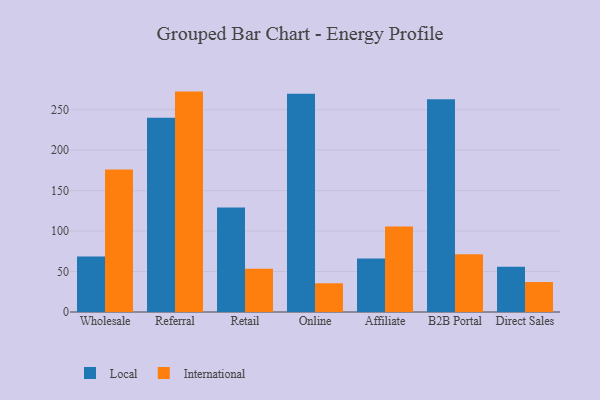
{"axis": {"x": "Channel", "y": "Latency (ms)"}, "legend": ["International", "Local"], "data": [{"x": "Wholesale", "y": 68.5, "type": "Local"}, {"x": "Wholesale", "y": 176.2, "type": "International"}, {"x": "Referral", "y": 239.9, "type": "Local"}, {"x": "Referral", "y": 272.3, "type": "International"}, {"x": "Retail", "y": 129.0, "type": "Local"}, {"x": "Retail", "y": 53.4, "type": "International"}, {"x": "Online", "y": 269.6, "type": "Local"}, {"x": "Online", "y": 35.5, "type": "International"}, {"x": "Affiliate", "y": 66.0, "type": "Local"}, {"x": "Affiliate", "y": 105.5, "type": "International"}, {"x": "B2B Portal", "y": 263.0, "type": "Local"}, {"x": "B2B Portal", "y": 71.2, "type": "International"}, {"x": "Direct Sales", "y": 56.0, "type": "Local"}, {"x": "Direct Sales", "y": 37.0, "type": "International"}]}